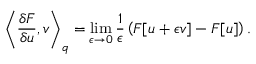
\left\langle \frac { \delta F } { \delta u } , v \right\rangle _ { q } = \operatorname* { l i m } _ { \epsilon \to 0 } \frac { 1 } { \epsilon } \left( F [ u + \epsilon v ] - F [ u ] \right) .